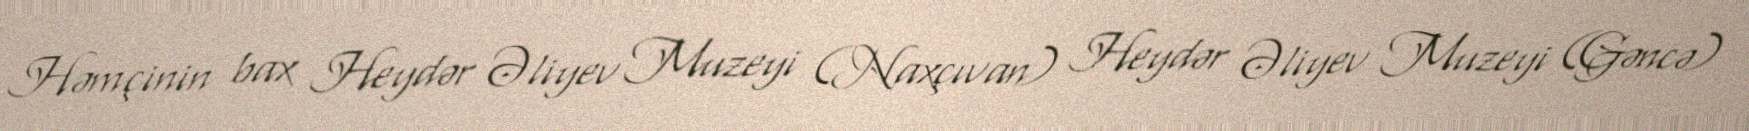
Həmçinin bax Heydər Əliyev Muzeyi (Naxçıvan) Heydər Əliyev Muzeyi (Gəncə)